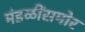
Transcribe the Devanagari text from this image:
मंडळींसमोर